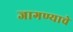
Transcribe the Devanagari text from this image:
जागण्याचे